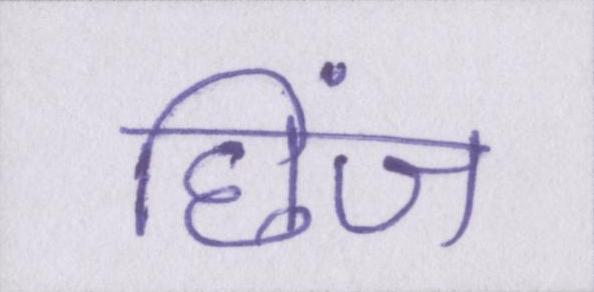
छिंज